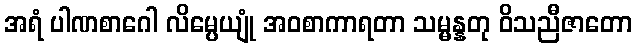
အရံ ပါဏစာဂေါ လိမ္ပေယျုံ အဝစာကာရတာ သမ္မန္နတု ဝိသညီဇာတော